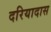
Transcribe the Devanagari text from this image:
दरियादास